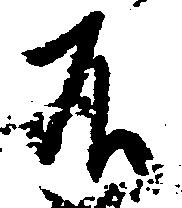
不